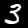
Digit: 3